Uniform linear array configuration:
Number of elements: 16
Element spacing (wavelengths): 1
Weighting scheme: blackman
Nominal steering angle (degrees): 0
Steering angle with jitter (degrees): -1.988
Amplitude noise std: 0.05
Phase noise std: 0.05

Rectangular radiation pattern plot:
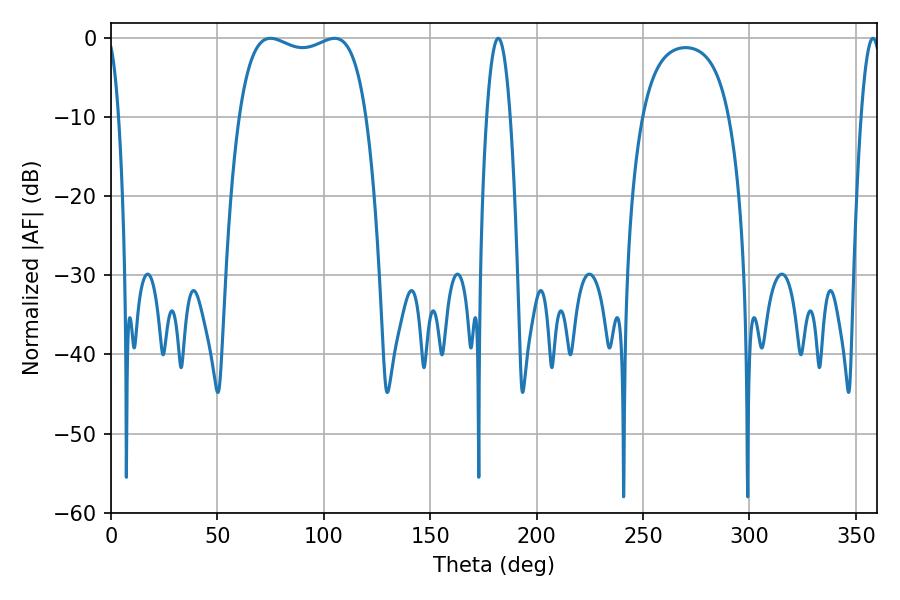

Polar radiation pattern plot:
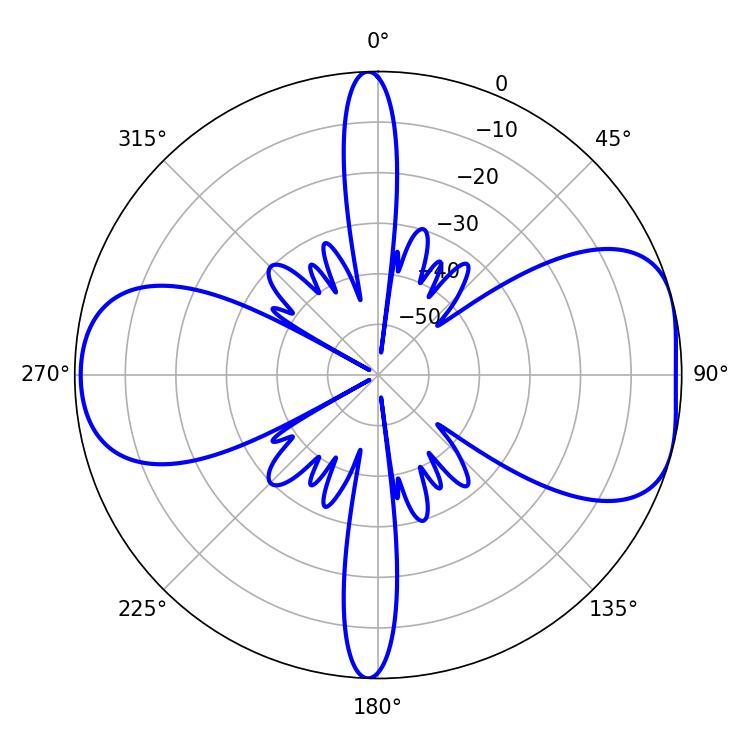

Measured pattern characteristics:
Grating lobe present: TRUE
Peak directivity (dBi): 7.122
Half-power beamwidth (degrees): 6.12
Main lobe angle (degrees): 181.98